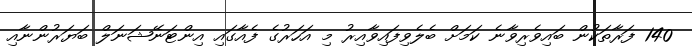
140 ފަރާތަކުން ބައިވެރިވާނެ ކަމަށް ބެލެވިފައިވާއިރު މި އަހަރުގެ ފެއާގައި އިންޓަނޭޝަނަލް ބަޔަރުންނާއި